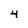
Character: 4